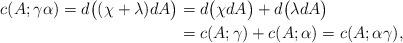
LaTeX: \begin{align*}c(A; \gamma\alpha) = d\big((\chi+\lambda) dA \big) &= d\big(\chi dA \big) + d\big(\lambda dA \big) \\ &= c(A; \gamma)+ c(A; \alpha)= c(A; \alpha\gamma),\end{align*}